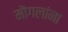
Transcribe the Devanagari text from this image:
मॊगलांना